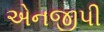
એનજીપી